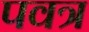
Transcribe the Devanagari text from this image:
पवत्र